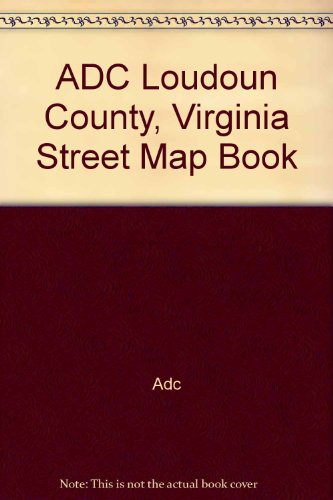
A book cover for ADC Loudoun County, Virginia Street Map Book; Adc; Travel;